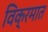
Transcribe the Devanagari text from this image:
विक्रमात